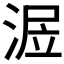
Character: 𣶅